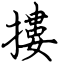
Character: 摟